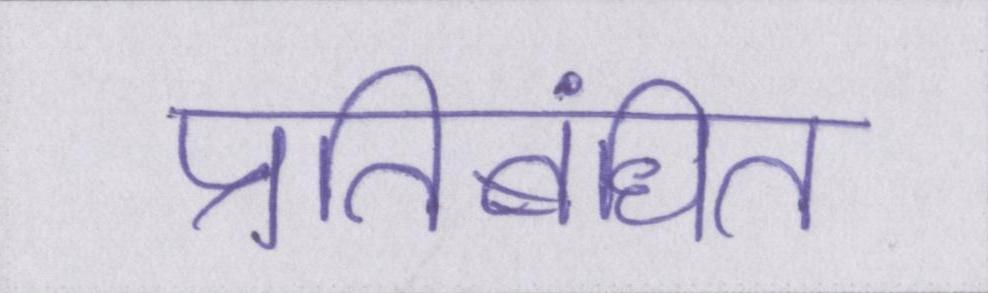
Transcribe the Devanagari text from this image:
प्रतिबंधित